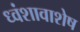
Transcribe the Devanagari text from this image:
ध्वंशावाशेष